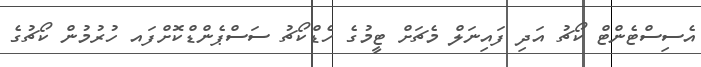
އެސިސްޓެންޓް ކޯޗު އަދި ފައިނަލް މެޗަށް ޓީމުގެ ހެޑްކޯޗު ސަސްޕެންޑްކޮށްފައ ހުރުމުން ކޯޗުގެ